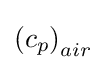
\left(c_{p}\right)_{air}